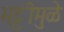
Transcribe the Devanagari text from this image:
भट्टीमुळे